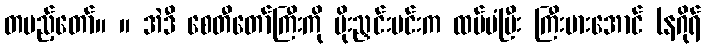
တပည့်တော်။ ။ အဲဒီ စေတီတော်ကြီးကို မိုးညှင်းမင်းက ထပ်မံပြီး ကြီးမားအောင် (နဂိုရ်